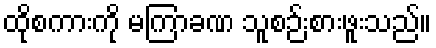
ထိုစကားကို မကြာခဏ သူစဉ်းစားဖူးသည်။